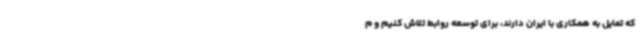
که تمایل به همکاری با ایران دارند، برای توسعه روابط تلاش کنیم و م